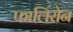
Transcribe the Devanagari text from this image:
फालिरोन